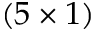
( 5 \times 1 )